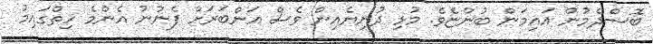
ބޮސްދެމުން އައިމަން ބުންޏެވެ. މުޅި ދުނިޔެއިން ވެސް އަންބަރަށް ފެނުނު އެންމެ ހިތްގައިމު